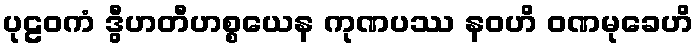
ပုဠဝကံ ဒွီဟတီဟစ္စယေန ကုဏပဿ နဝဟိ ဝဏမုခေဟိ